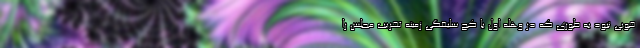
خوبی نبود به طوری که در وهله اول با کج سلیقگی زمینه تخریب مجلس را